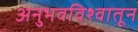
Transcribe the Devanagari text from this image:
अनुभवविश्वातून